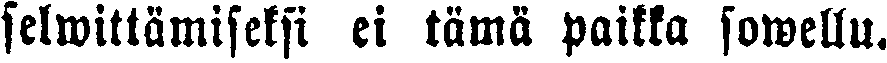
selwittämiseksi ei tämä paikka sowellu.